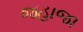
જહાજા